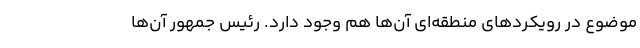
موضوع در رویکرد‌های منطقه‌ای آن‌ها هم وجود دارد. رئیس جمهور آن‌ها